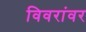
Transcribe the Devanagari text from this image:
विवरांवर